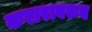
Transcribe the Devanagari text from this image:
करारावरुन